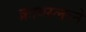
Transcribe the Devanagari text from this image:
क्रायस्लरने